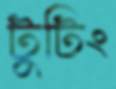
টুটিং